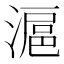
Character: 滬